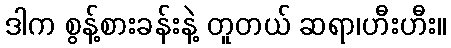
ဒါက စွန့်စားခန်းနဲ့ တူတယ် ဆရာ၊ဟီးဟီး။